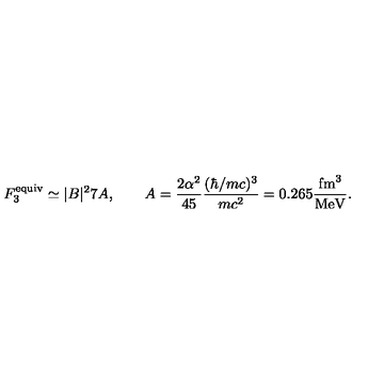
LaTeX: F _ { 3 } ^ { \mathrm { e q u i v } } \simeq \vert B \vert ^ { 2 } 7 A , \qquad A = \frac { 2 \alpha ^ { 2 } } { 4 5 } \frac { ( \hbar / m c ) ^ { 3 } } { m c ^ { 2 } } = 0 . 2 6 5 \frac { \mathrm { f m } ^ { 3 } } { \mathrm { M e V } } .